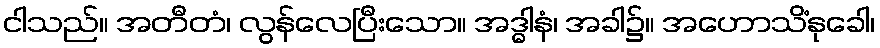
ငါသည်။ အတီတံ၊ လွန်လေပြီးသော။ အဒ္ဓါနံ၊ အခါ၌။ အဟောသိံနုခေါ၊